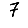
Digit: 7